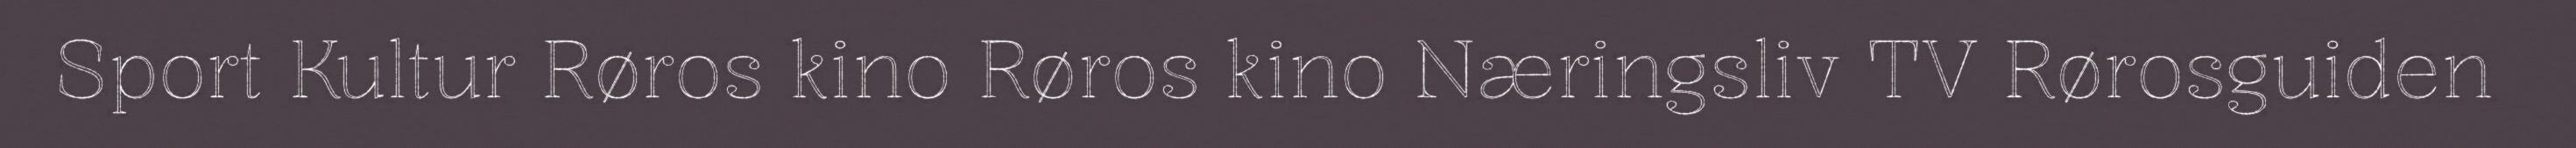
Sport Kultur Røros kino Røros kino Næringsliv TV Rørosguiden